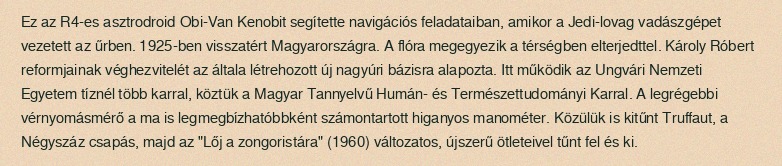
Ez az R4-es asztrodroid Obi-Van Kenobit segítette navigációs feladataiban, amikor a Jedi-lovag vadászgépet vezetett az űrben. 1925-ben visszatért Magyarországra. A flóra megegyezik a térségben elterjedttel. Károly Róbert reformjainak véghezvitelét az általa létrehozott új nagyúri bázisra alapozta. Itt működik az Ungvári Nemzeti Egyetem tíznél több karral, köztük a Magyar Tannyelvű Humán- és Természettudományi Karral. A legrégebbi vérnyomásmérő a ma is legmegbízhatóbbként számontartott higanyos manométer. Közülük is kitűnt Truffaut, a Négyszáz csapás, majd az "Lőj a zongoristára" (1960) változatos, újszerű ötleteivel tűnt fel és ki.